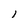
Character: 1